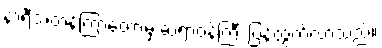
နာရီအတန်ကြာတော့မှ ဆရာဝန်ကြီး ပြန်ထွက်လာသည်။